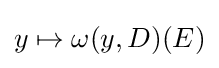
y\mapsto \omega (y,D)(E)